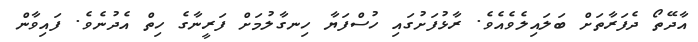
އާދޭތޯ ދެފަރާތަށް ބަލައިލެވެއެވެ. ރާޅުފަށުގައި ހުސްފަޔާ ހިނގާލުމަށް ފަރީނާގެ ހިތް އެދުނެވެ. ފައިވާން